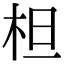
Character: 柦